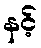
နင့်